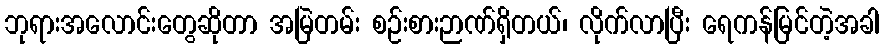
ဘုရားအလောင်းတွေဆိုတာ အမြဲတမ်း စဉ်းစားဉာဏ်ရှိတယ်၊ လိုက်လာပြီး ရေကန်မြင်တဲ့အခါ